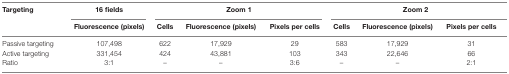
<table><thead><tr><td rowspan="2"><b>Targeting</b></td><td><b>16 fields</b></td><td colspan="3"><b>Zoom 1</b></td><td colspan="3"><b>Zoom 2</b></td></tr><tr><td><b>Fluorescence (pixels)</b></td><td><b>Cells</b></td><td><b>Fluorescence (pixels)</b></td><td><b>Pixels per cells</b></td><td><b>Cells</b></td><td><b>Fluorescence (pixels)</b></td><td><b>Pixels per cells</b></td></tr></thead><tbody><tr><td>Passive targeting</td><td>107,498</td><td>622</td><td>17,929</td><td>29</td><td>583</td><td>17,929</td><td>31</td></tr><tr><td>Active targeting</td><td>331,454</td><td>424</td><td>43,881</td><td>103</td><td>343</td><td>22,646</td><td>66</td></tr><tr><td>Ratio</td><td>3:1</td><td>–</td><td>–</td><td>3:6</td><td>–</td><td>–</td><td>2:1</td></tr></tbody></table>